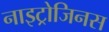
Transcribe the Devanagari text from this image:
नाइट्रोजिनस